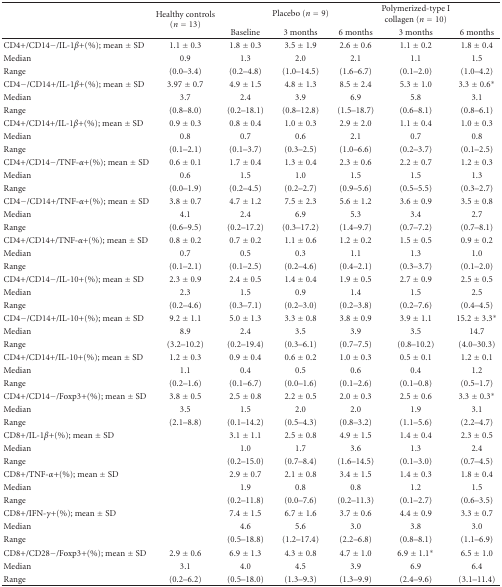
<table><thead><tr><td></td><td rowspan="2"><b>Healthy controls (<i>n</i> = 13) </b></td><td></td><td><b>Placebo (<i>n</i> = 9)</b></td><td></td><td><b>Polymerized-type I collagen (<i>n</i> = 10)</b></td><td></td></tr><tr><td></td><td><b>Baseline</b></td><td><b>3 months</b></td><td><b>6 months</b></td><td><b>3 months</b></td><td><b>6 months</b></td></tr></thead><tbody><tr><td>CD4+/CD14−/IL-1<i>β</i>+(%); mean ± SD</td><td>1.1 ± 0.3</td><td>1.8 ± 0.3</td><td>3.5 ± 1.9</td><td>2.6 ± 0.6</td><td>1.1 ± 0.2</td><td>1.8 ± 0.4</td></tr><tr><td>Median</td><td>0.9</td><td>1.3</td><td>2.0</td><td>2.1</td><td>1.1</td><td>1.5</td></tr><tr><td>Range</td><td>(0.0–3.4)</td><td>(0.2–4.8)</td><td>(1.0–14.5)</td><td>(1.6–6.7)</td><td>(0.1–2.0)</td><td>(1.0–4.2)</td></tr><tr><td>CD4−/CD14+/IL-1<i>β</i>+(%); mean ± SD</td><td>3.97 ± 0.7</td><td>4.9 ± 1.5</td><td>4.8 ± 1.3</td><td>8.5 ± 2.4</td><td>5.3 ± 1.0</td><td>3.3 ± 0.6*</td></tr><tr><td>Median</td><td>3.7</td><td>2.4</td><td>3.9</td><td>6.9</td><td>5.8</td><td>3.1</td></tr><tr><td>Range</td><td>(0.8–8.0)</td><td>(0.2–18.1)</td><td>(0.8–12.8)</td><td>(1.5–18.7)</td><td>(0.6–8.1)</td><td>(0.8–6.1)</td></tr><tr><td>CD4+/CD14+/IL-1<i>β</i>+(%); mean ± SD</td><td>0.9 ± 0.3</td><td>0.8 ± 0.4</td><td>1.0 ± 0.3</td><td>2.9 ± 2.0</td><td>1.1 ± 0.4</td><td>1.0 ± 0.3</td></tr><tr><td>Median</td><td>0.8</td><td>0.7</td><td>0.6</td><td>2.1</td><td>0.7</td><td>0.8</td></tr><tr><td>Range</td><td>(0.1–2.1)</td><td>(0.1–3.7)</td><td>(0.3–2.5)</td><td>(1.0–6.6)</td><td>(0.2–3.7)</td><td>(0.1–2.5)</td></tr><tr><td>CD4+/CD14−/TNF-<i>α</i>+(%); mean ± SD</td><td>0.6 ± 0.1</td><td>1.7 ± 0.4</td><td>1.3 ± 0.4</td><td>2.3 ± 0.6</td><td>2.2 ± 0.7</td><td>1.2 ± 0.3</td></tr><tr><td>Median</td><td>0.6</td><td>1.5</td><td>1.0</td><td>1.5</td><td>1.5</td><td>1.3</td></tr><tr><td>Range</td><td>(0.0–1.9)</td><td>(0.2–4.5)</td><td>(0.2–2.7)</td><td>(0.9–5.6)</td><td>(0.5–5.5)</td><td>(0.3–2.7)</td></tr><tr><td>CD4−/CD14+/TNF-<i>α</i>+(%); mean ± SD</td><td>3.8 ± 0.7</td><td>4.7 ± 1.2</td><td>7.5 ± 2.3</td><td>5.6 ± 1.2</td><td>3.6 ± 0.9</td><td>3.5 ± 0.8</td></tr><tr><td>Median</td><td>4.1</td><td>2.4</td><td>6.9</td><td>5.3</td><td>3.4</td><td>2.7</td></tr><tr><td>Range</td><td>(0.6–9.5)</td><td>(0.2–17.2)</td><td>(0.3–17.2)</td><td>(1.4–9.7)</td><td>(0.7–7.2)</td><td>(0.7–8.1)</td></tr><tr><td>CD4+/CD14+/TNF-<i>α</i>+(%); mean ± SD</td><td>0.8 ± 0.2</td><td>0.7 ± 0.2</td><td>1.1 ± 0.6</td><td>1.2 ± 0.2</td><td>1.5 ± 0.5</td><td>0.9 ± 0.2</td></tr><tr><td>Median</td><td>0.7</td><td>0.5</td><td>0.3</td><td>1.1</td><td>1.3</td><td>1.0</td></tr><tr><td>Range</td><td>(0.1–2.1)</td><td>(0.1–2.5)</td><td>(0.2–4.6)</td><td>(0.4–2.1)</td><td>(0.3–3.7)</td><td>(0.1–2.0)</td></tr><tr><td>CD4+/CD14−/IL-10+(%); mean ± SD</td><td>2.3 ± 0.9</td><td>2.4 ± 0.5</td><td>1.4 ± 0.4</td><td>1.9 ± 0.5</td><td>2.7 ± 0.9</td><td>2.5 ± 0.5</td></tr><tr><td>Median</td><td>2.3</td><td>1.5</td><td>0.9</td><td>1.4</td><td>1.5</td><td>2.5</td></tr><tr><td>Range</td><td>(0.2–4.6)</td><td>(0.3–7.1)</td><td>(0.2–3.0)</td><td>(0.2–3.8)</td><td>(0.2–7.6)</td><td>(0.4–4.5)</td></tr><tr><td>CD4−/CD14+/IL-10+(%); mean ± SD</td><td>9.2 ± 1.1</td><td>5.0 ± 1.3</td><td>3.3 ± 0.8</td><td>3.8 ± 0.9</td><td>3.9 ± 1.1</td><td>15.2 ± 3.3*</td></tr><tr><td>Median</td><td>8.9</td><td>2.4</td><td>3.5</td><td>3.9</td><td>3.5</td><td>14.7</td></tr><tr><td>Range</td><td>(3.2–10.2)</td><td>(0.2–19.4)</td><td>(0.3–6.1)</td><td>(0.7–7.5)</td><td>(0.8–10.2)</td><td>(4.0–30.3)</td></tr><tr><td>CD4+/CD14+/IL-10+(%); mean ± SD</td><td>1.2 ± 0.3</td><td>0.9 ± 0.4</td><td>0.6 ± 0.2</td><td>1.0 ± 0.3</td><td>0.5 ± 0.1</td><td>1.2 ± 0.1</td></tr><tr><td>Median</td><td>1.1</td><td>0.4</td><td>0.5</td><td>0.6</td><td>0.4</td><td>1.2</td></tr><tr><td>Range</td><td>(0.2–1.6)</td><td>(0.1–6.7)</td><td>(0.0–1.6)</td><td>(0.1–2.6)</td><td>(0.1–0.8)</td><td>(0.5–1.7)</td></tr><tr><td>CD4+/CD14−/Foxp3+(%); mean ± SD</td><td>3.8 ± 0.5</td><td>2.5 ± 0.8</td><td>2.2 ± 0.5</td><td>2.0 ± 0.3</td><td>2.5 ± 0.6</td><td>3.3 ± 0.3*</td></tr><tr><td>Median</td><td>3.5</td><td>1.5</td><td>2.0</td><td>2.0</td><td>1.9</td><td>3.1</td></tr><tr><td>Range</td><td>(2.1–8.8)</td><td>(0.1–14.2)</td><td>(0.5–4.3)</td><td>(0.8–3.2)</td><td>(1.1–5.6)</td><td>(2.2–4.7)</td></tr><tr><td>CD8+/IL-1<i>β</i>+(%); mean ± SD</td><td></td><td>3.1 ± 1.1</td><td>2.5 ± 0.8</td><td>4.9 ± 1.5</td><td>1.4 ± 0.4</td><td>2.3 ± 0.5</td></tr><tr><td>Median</td><td></td><td>1.0</td><td>1.7</td><td>3.6</td><td>1.3</td><td>2.4</td></tr><tr><td>Range</td><td></td><td>(0.2–15.0)</td><td>(0.7–8.4)</td><td>(1.6–14.5)</td><td>(0.1–3.0)</td><td>(0.7–4.5)</td></tr><tr><td>CD8+/TNF-<i>α</i>+(%); mean ± SD</td><td></td><td>2.9 ± 0.7</td><td>2.1 ± 0.8</td><td>3.4 ± 1.5</td><td>1.4 ± 0.3</td><td>1.8 ± 0.4</td></tr><tr><td>Median</td><td></td><td>1.9</td><td>0.8</td><td>0.8</td><td>1.2</td><td>1.5</td></tr><tr><td>Range</td><td></td><td>(0.2–11.8)</td><td>(0.0–7.6)</td><td>(0.2–11.3)</td><td>(0.1–2.7)</td><td>(0.6–3.5)</td></tr><tr><td>CD8+/IFN-<i>γ</i>+(%); mean ± SD</td><td></td><td>7.4 ± 1.5</td><td>6.7 ± 1.6</td><td>3.7 ± 0.6</td><td>4.4 ± 0.9</td><td>3.3 ± 0.7</td></tr><tr><td>Median</td><td></td><td>4.6</td><td>5.6</td><td>3.0</td><td>3.8</td><td>3.0</td></tr><tr><td>Range</td><td></td><td>(0.5–18.8)</td><td>(1.2–17.4)</td><td>(2.2–6.8)</td><td>(0.8–8.1)</td><td>(1.1–6.9)</td></tr><tr><td>CD8+/CD28−/Foxp3+(%); mean ± SD</td><td>2.9 ± 0.6</td><td>6.9 ± 1.3</td><td>4.3 ± 0.8</td><td>4.7 ± 1.0</td><td>6.9 ± 1.1*</td><td>6.5 ± 1.0</td></tr><tr><td>Median</td><td>3.1</td><td>4.0</td><td>4.5</td><td>3.9</td><td>6.9</td><td>6.4</td></tr><tr><td>Range</td><td>(0.2–6.2)</td><td>(0.5–18.0)</td><td>(1.3–9.3)</td><td>(1.3–9.9)</td><td>(2.4–9.6)</td><td>(3.1–11.4)</td></tr></tbody></table>